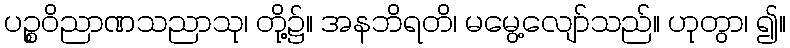
ပဉ္စဝိညာဏသညာသု၊ တို့၌။ အနဘိရတိ၊ မမွေ့လျော်သည်။ ဟုတွာ၊ ၍။